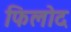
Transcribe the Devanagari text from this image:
फिलोद